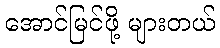
အောင်မြင်ဖို့ များတယ်